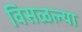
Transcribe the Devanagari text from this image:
विसळल्या